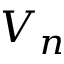
V _ { n }